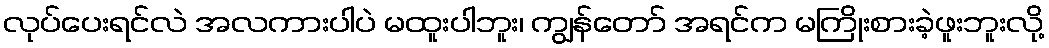
လုပ်ပေးရင်လဲ အလကားပါပဲ မထူးပါဘူး၊ ကျွန်တော် အရင်က မကြိုးစားခဲ့ဖူးဘူးလို့